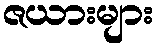
ဇယားများ